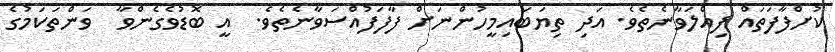
ކުށްފާފަތައް ފިއްލަވާނެތެވެ. އަދި ތިޔަބައިމީހުންނަށް ފާފަފުއްސަވާނެތެވެ.  އީ ބޮޑުވެގެންވާ  ވަންތަކަމުގެ